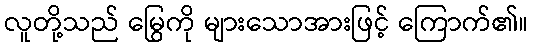
လူတို့သည် မြွေကို များသောအားဖြင့် ကြောက်၏။